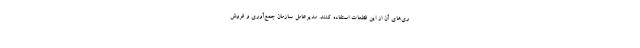
ری‌های آن از این قطعات استفاده کنند. مدیرعامل سازمان جمع‌آوری و فروش